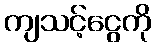
ကျသင့်ငွေကို